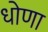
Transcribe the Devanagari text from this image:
धोणा